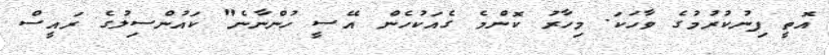
އޮތީ ފިނުކުރުމުގެ ވާހަކަ. މިހާރު ކޮންމެ ގެއަކުހެން އޭސީ ހުންނާނެ" ކައުންސިލުގެ ރައީސް